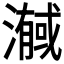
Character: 𭲼